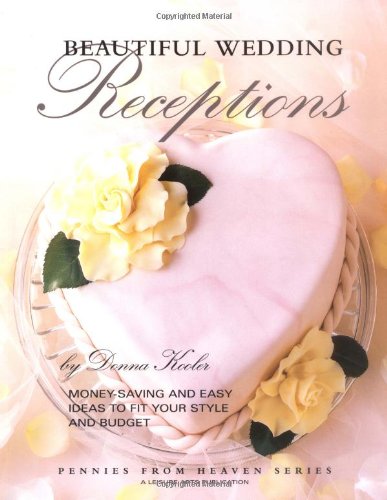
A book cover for Beautiful Wedding Receptions  (Leisure Arts #15890) (Pennies from Heaven); Kooler Design Studio; Crafts, Hobbies & Home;